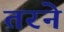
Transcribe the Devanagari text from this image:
तरने